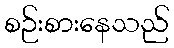
စဉ်းစားနေသည်